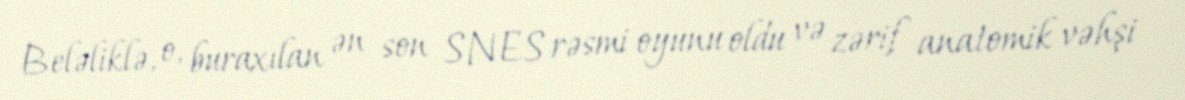
Beləliklə, o, buraxılan ən son SNES rəsmi oyunu oldu və zərif anatomik vəhşi